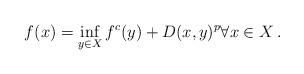
LaTeX: \begin{align*}f(x) = \inf_{y \in X} f^c(y) + D(x, y)^p \forall x \in X\,.\end{align*}